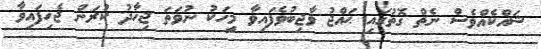
ޝައްކެއްވެސް ނެތް ގޮތުގައި ޙައްޖު ވާޖިބުވެފައިވާ މީހަކު ނުވަތަ ޖިހާދު ކުރަން ޖެހިފައިވާ